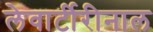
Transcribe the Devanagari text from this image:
लेवार्टीरीनाल